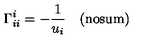
\Gamma _ { i i } ^ { i } = - \frac { 1 } { u _ { i } } \quad ( \mathrm { n o s u m ) }